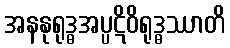
အနနုရုဒ္ဓအပ္ပဋိဝိရုဒ္ဓဿာတိ